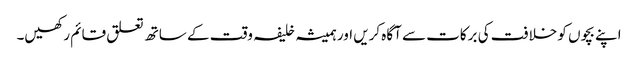
اپنے بچوں کو خلافت کی برکات سے آگاہ کریں اور ہمیشہ خلیفہ وقت کے ساتھ تعلق قائم رکھیں۔